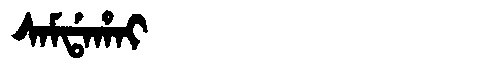
Manchu: ᠰᠠᠮᡩᠠᡥᠠᡳ
Romanization: SAMDAHAI